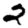
Digit: 2